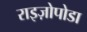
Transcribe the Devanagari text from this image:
राइज़ोपोडा